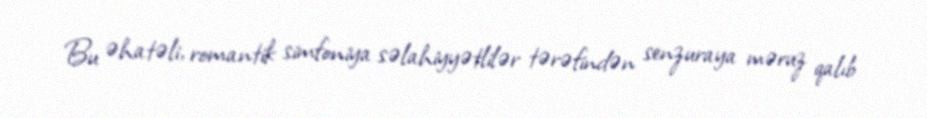
Bu əhatəli, romantik simfoniya səlahiyyətlilər tərəfindən senzuraya məruz qalıb